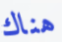
هناك